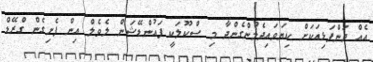
އެއް ދަންފަޅިއަކަށް ކިޔަވައިދެމުންގެންދާ މި ސްކޫލަކީ ފައުންޑޭޝަން ލެވެލް އިން ފެށިގެން ގްރޭޑް